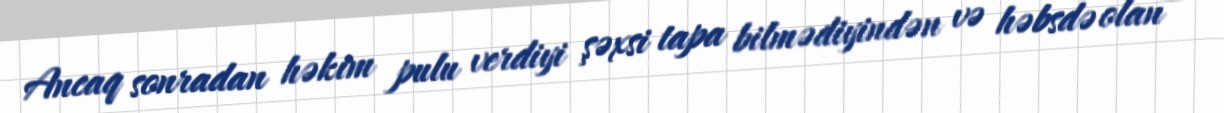
Ancaq sonradan həkim pulu verdiyi şəxsi tapa bilmədiyindən və həbsdə olan